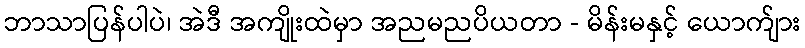
ဘာသာပြန်ပါပဲ၊ အဲဒီ အကျိုးထဲမှာ အညမညပိယတာ - မိန်းမနှင့် ယောက်ျား